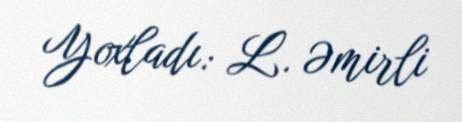
Yoxladı: L. Əmirli